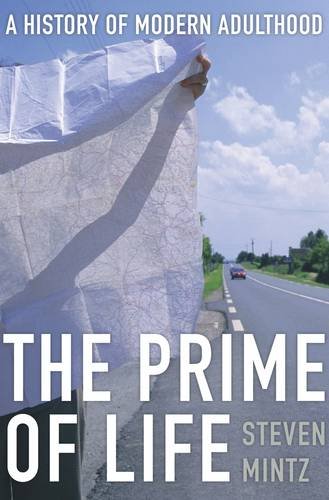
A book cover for The Prime of Life: A History of Modern Adulthood; Steven Mintz; Self-Help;